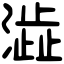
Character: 澁